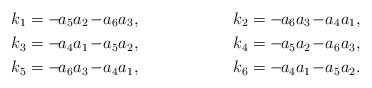
LaTeX: \begin{align*}k_1&=-\!a_5a_2\!-\!a_6a_3,&&k_2=-\!a_6a_3\!-\!a_4a_1,\\k_3&=-\!a_4a_1\!-\!a_5a_2,&&k_4=-\!a_5a_2\!-\!a_6a_3,\\k_5&=-\!a_6a_3\!-\!a_4a_1,&&k_6=-\!a_4a_1\!-\!a_5a_2.\end{align*}